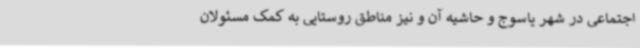
اجتماعی در شهر یاسوج و حاشیه آن و نیز مناطق روستایی به کمک مسئولان